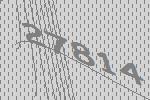
27814